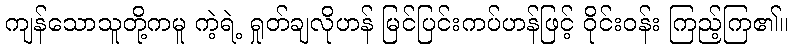
ကျန်သောသူတို့ကမူ ကဲ့ရဲ့ ရှုတ်ချလိုဟန် မြင်ပြင်းကပ်ဟန်ဖြင့် ဝိုင်းဝန်း ကြည့်ကြ၏။